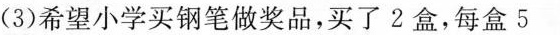
(3)希望小学买钢笔做奖品，买了2盒，每盒5